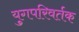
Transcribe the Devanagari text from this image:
युगपरिवर्तक